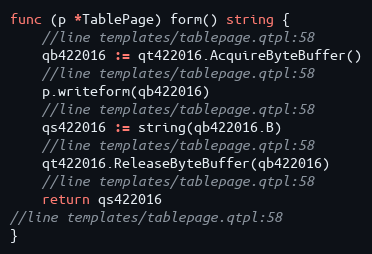
Language: Go
func (p *TablePage) form() string {
	//line templates/tablepage.qtpl:58
	qb422016 := qt422016.AcquireByteBuffer()
	//line templates/tablepage.qtpl:58
	p.writeform(qb422016)
	//line templates/tablepage.qtpl:58
	qs422016 := string(qb422016.B)
	//line templates/tablepage.qtpl:58
	qt422016.ReleaseByteBuffer(qb422016)
	//line templates/tablepage.qtpl:58
	return qs422016
//line templates/tablepage.qtpl:58
}